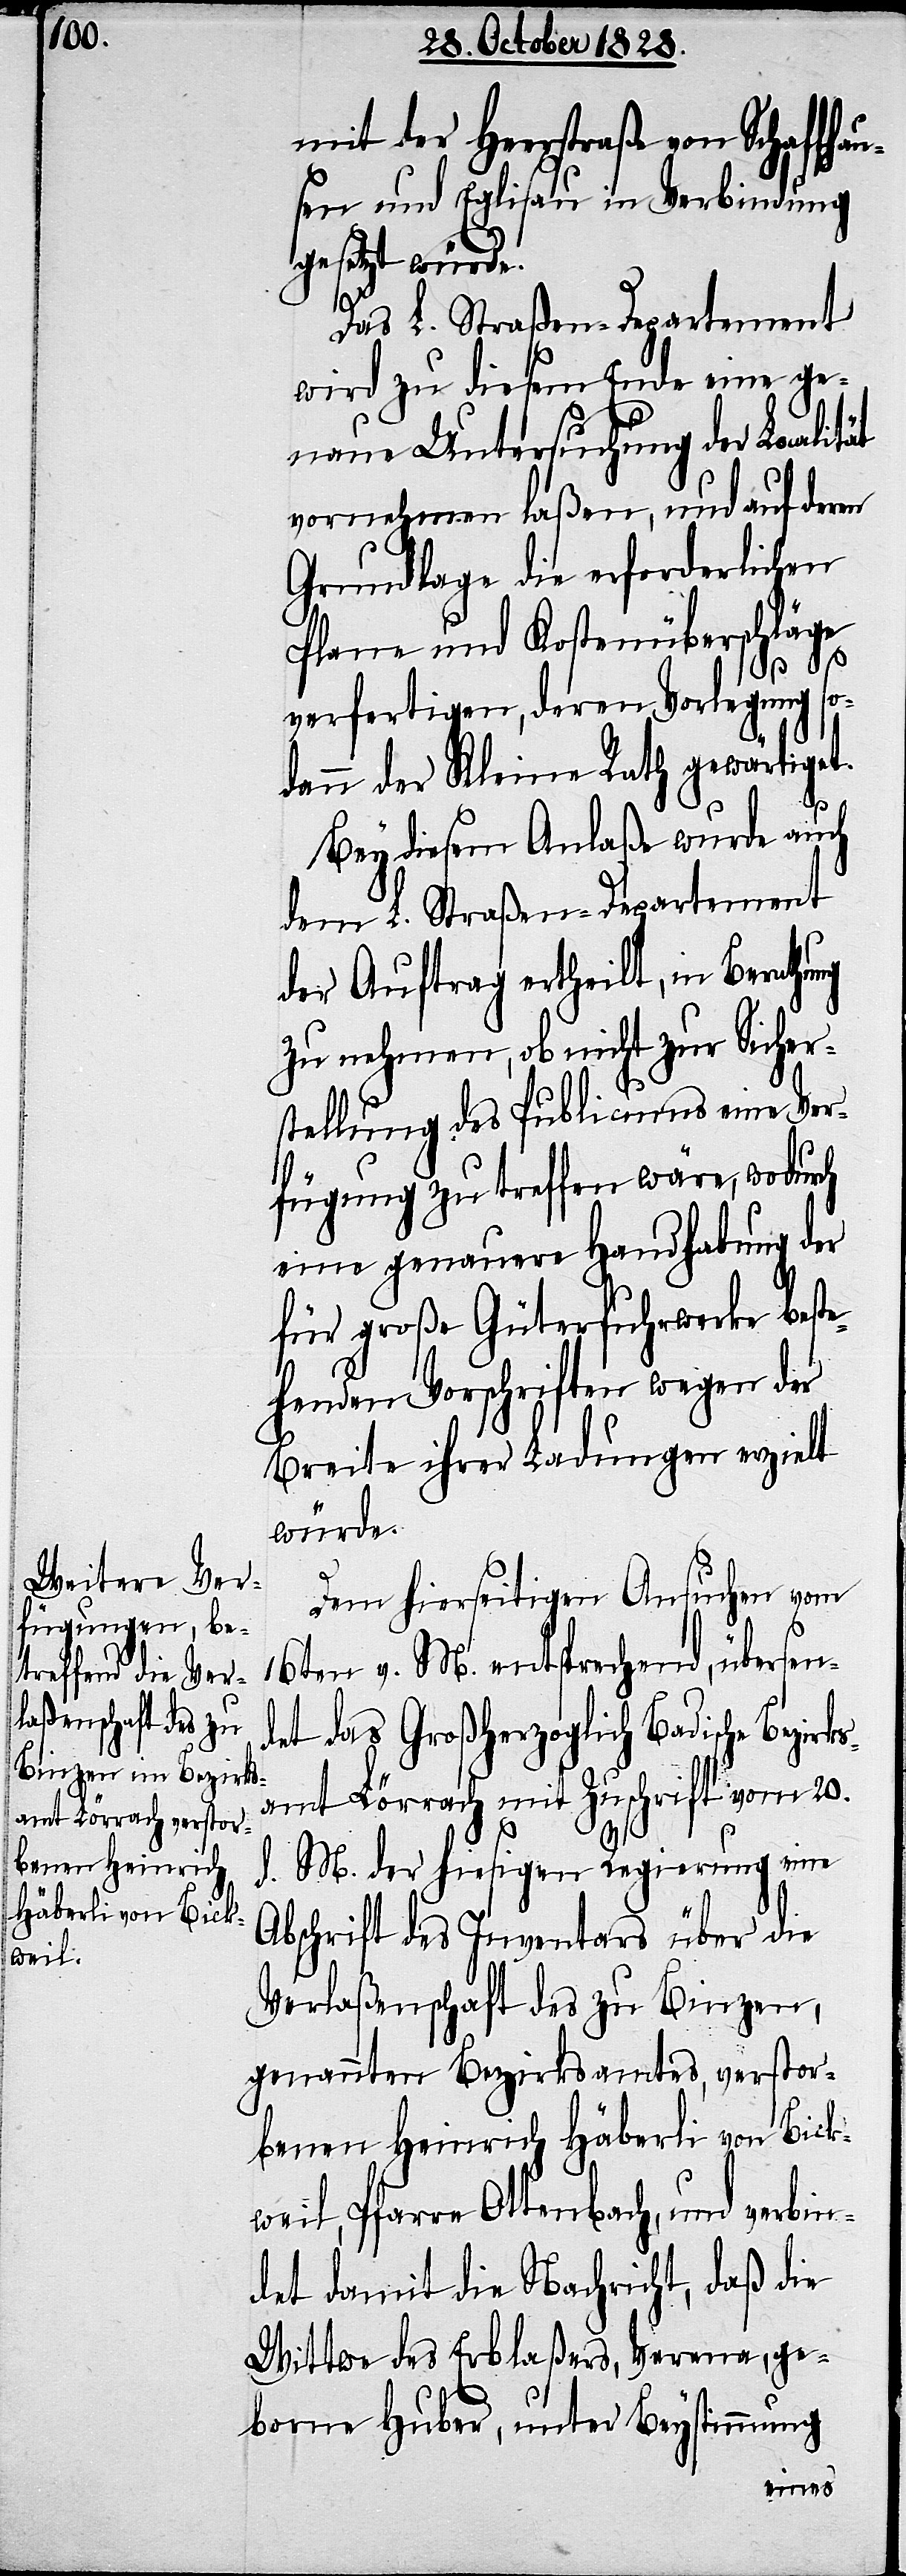
mit der Heerstraße von Schaffha¬
usen und Eglisau in Verbindung
gesetzt würde.
ks¬
Das L. Straßen-Departement
wird zu diesem Ende eine ge¬
naue Untersuchung der Localit¬
vornehmen laßen, und auf deren
Grundlage die erforderlichen
Plane und Kostenüberschläge
verfertigen, deren Vorlegung so¬
dann der Kleine Rath gewärtiget.
Bey diesem Anlaße wurde auch
dem L. Straßen-Departement
der Auftrag ertheilt, in Berathung
zu nehmen, ob nicht zur Sicher¬
stellung des Publicums eine Ver¬
fügung zu treffen wäre, wodurch
eine genauere Handhabung der
für große Güterfuhrwerke beste¬
henden Vorschriften wegen der
Breite ihrer Ladungen erzielt
würde.
Dem hierseitigen Ansuchen vom
16ten v. M. entsprechend, übersen¬
det das Großherzoglich Badische Bezir¬
amt Lörrach mit Zuschrift vom 20.
ät
d. M. der hiesigen Regierung eine
Abschrift des Inventars über die
Verlaßenschaft des zu Binzen,
genannten Bezirksamtes, verstor¬
benen Heinrich Häberli von Bick¬
weil, Pfarre Ottenbach, und verbin¬
det damit die Nachricht, daß die
Wittwe des Erblaßers, Verena, ge¬
borne Huber, unter Beystimmung